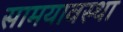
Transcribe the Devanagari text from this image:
सामयावस्था